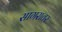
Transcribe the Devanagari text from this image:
सागरावर